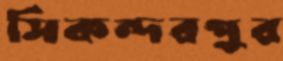
সিকন্দরপুর